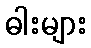
ဓါးများ